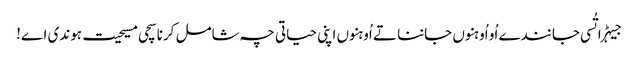
جیہڑا تُسی جانندے اُو اُوہنوں جاننا تے اُوہنوں اپنی حیاتی چہ شامل کرنا سچی مسیحیت ہوندی اے!